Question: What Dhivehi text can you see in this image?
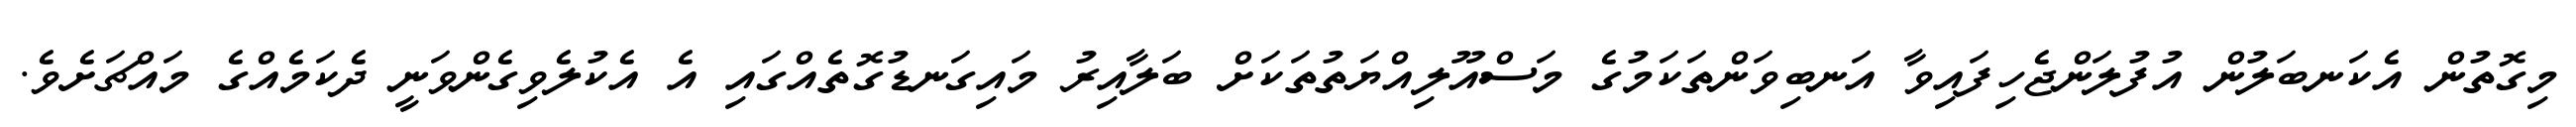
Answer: މިގޮތުން އެކަނބަލުން އުފުލަންޖެހިފައިވާ އަނބިވަންތަކަމުގެ މަސްއޫލިއްޔަތުތަކަށް ބަލާއިރު މައިގަނޑުގޮތެއްގައި އެ އެކުލެވިގެންވަނީ ދެކަމެއްގެ މައްޗަށެވެ.